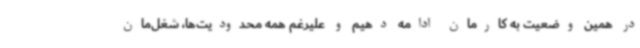
در همین وضعیت به کارمان ادامه دهیم و علیرغم همه محدودیت‌ها، شغل‌مان